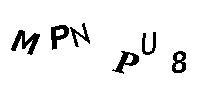
MPNPU8